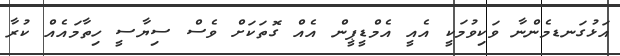
އަޅުގަނޑމެންނާ ވަކިވުމަކީ އެއީ އެމްޑީޕީން އެއް ގޮތަކަށް ވެސް ސިޔާސީ ހިތާމައެއް ކުރާ